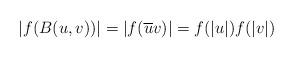
LaTeX: \begin{align*}|f(B(u,v))|&=|f(\overline{u}v)|=f(|u|)f(|v|)\end{align*}